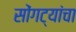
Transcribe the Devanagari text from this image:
सोंगट्यांचा